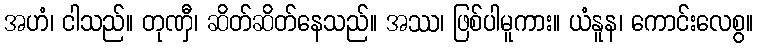
အဟံ၊ ငါသည်။ တုဏှီ၊ ဆိတ်ဆိတ်နေသည်။ အဿ၊ ဖြစ်ပါမူကား။ ယံနူန၊ ကောင်းလေစွ။